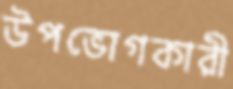
উপভোগকারী